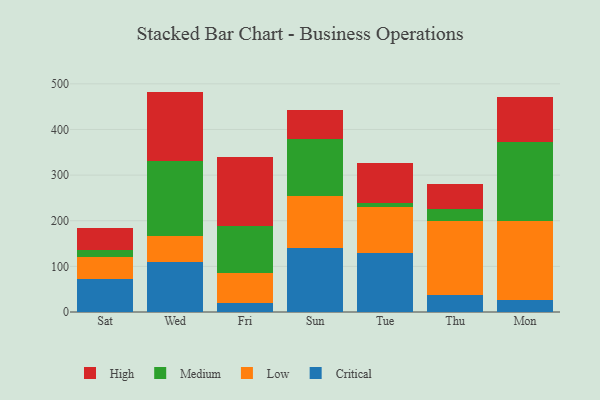
{"axis": {"x": "Day", "y": "Temperature (°C)"}, "legend": ["Critical", "High", "Low", "Medium"], "data": [{"x": "Sat", "y": 71.8, "type": "Critical"}, {"x": "Sat", "y": 47.8, "type": "Low"}, {"x": "Sat", "y": 16.9, "type": "Medium"}, {"x": "Sat", "y": 47.7, "type": "High"}, {"x": "Wed", "y": 108.5, "type": "Critical"}, {"x": "Wed", "y": 57.5, "type": "Low"}, {"x": "Wed", "y": 165.6, "type": "Medium"}, {"x": "Wed", "y": 151.4, "type": "High"}, {"x": "Fri", "y": 19.5, "type": "Critical"}, {"x": "Fri", "y": 66.5, "type": "Low"}, {"x": "Fri", "y": 101.5, "type": "Medium"}, {"x": "Fri", "y": 152.2, "type": "High"}, {"x": "Sun", "y": 139.2, "type": "Critical"}, {"x": "Sun", "y": 114.5, "type": "Low"}, {"x": "Sun", "y": 125.9, "type": "Medium"}, {"x": "Sun", "y": 63.3, "type": "High"}, {"x": "Tue", "y": 130.4, "type": "Critical"}, {"x": "Tue", "y": 100.3, "type": "Low"}, {"x": "Tue", "y": 8.1, "type": "Medium"}, {"x": "Tue", "y": 87.6, "type": "High"}, {"x": "Thu", "y": 37.5, "type": "Critical"}, {"x": "Thu", "y": 160.9, "type": "Low"}, {"x": "Thu", "y": 26.8, "type": "Medium"}, {"x": "Thu", "y": 54.5, "type": "High"}, {"x": "Mon", "y": 27.4, "type": "Critical"}, {"x": "Mon", "y": 172.2, "type": "Low"}, {"x": "Mon", "y": 173.1, "type": "Medium"}, {"x": "Mon", "y": 97.8, "type": "High"}]}